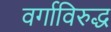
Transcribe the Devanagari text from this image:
वर्गाविरुद्ध